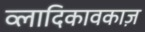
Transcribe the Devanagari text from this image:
व्लादिकावकाज़